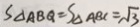
S _ { \Delta A B Q } = S _ { \Delta A B C } = \sqrt { 3 }